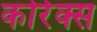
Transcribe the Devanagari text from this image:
कोरेक्स